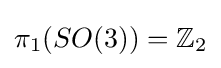
\pi _{1}(SO(3))=\mathbb {Z} _{2}